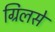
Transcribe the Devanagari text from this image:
ग्रिलसे